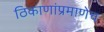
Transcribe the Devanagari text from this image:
ठिकाणांप्रमाणेच